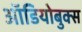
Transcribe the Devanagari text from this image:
ऑडियोबुक्स